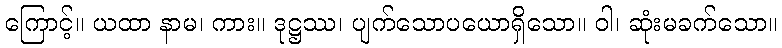
ကြောင့်။ ယထာ နာမ၊ ကား။ ဒုဋ္ဌဿ၊ ပျက်သောပယောရှိသော။ ဝါ၊ ဆုံးမခက်သော။